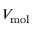
V _ { \mathrm { m o l } }